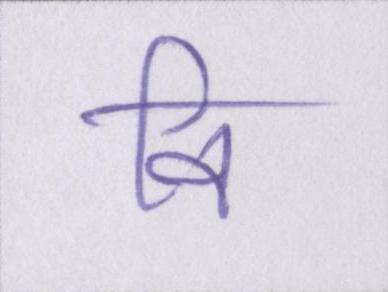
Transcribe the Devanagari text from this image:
वि